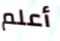
أعلم